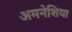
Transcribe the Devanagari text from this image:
अमनेशिया